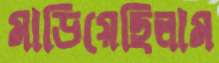
মাড়িয়েছিলাম